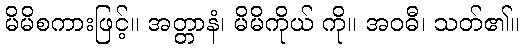
မိမိစကားဖြင့်။ အတ္တာနံ၊ မိမိကိုယ် ကို။ အဝဓီ၊ သတ်၏။